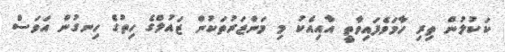
ކަކުލުން ތިރި ހާމަވެފައިވާތީ އާއިއެކު މި މަންޒަރުތަކުން ޒައުލްގެ ހިތުގެ ހިނގުން އަވަސް